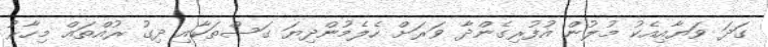
ގަދަ ވަޔާއިއެކު މުލުން އުފުރިގެންދާ ވަރަށް ހެލެމުންދިޔަ ގަސްތަކާއި ދިގު ރުއްތައް މިހާރު